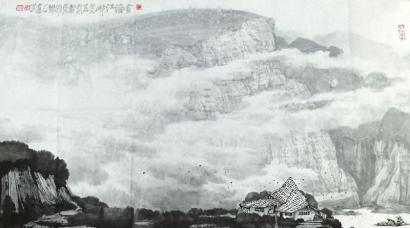
一朝哭都市，泪尽归田亩。